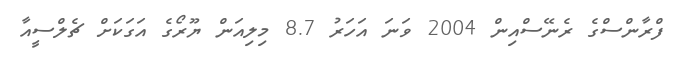
ފްރާންސްގެ ރެނޭސްއިން 2004 ވަނަ އަހަރު 8.7 މިލިއަން ޔޫރޯގެ އަގަކަށް ޗެލްސީއާ